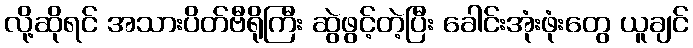
လို့ဆိုရင် အသားပိတ်ဗီရိုကြီး ဆွဲဖွင့်တဲ့ပြီး ခေါင်းအုံးဖုံးတွေ ယူချင်